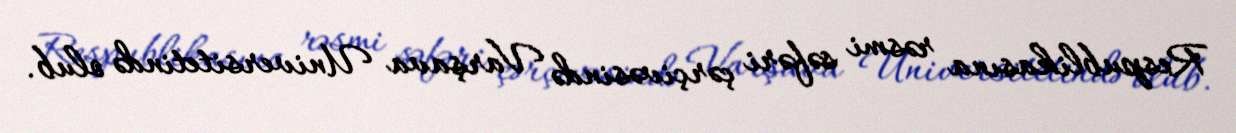
Respublikasına rəsmi səfəri çərçivəsində Varşava Universitetində olub.